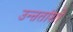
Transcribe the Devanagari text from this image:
उन्ऩतांशों